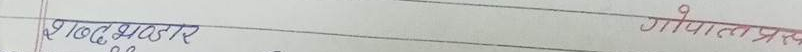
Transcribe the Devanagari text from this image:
१ खट शुसार गोपालप्रस